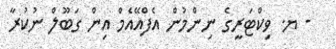
- ޔ. ވިކްޓަރީގެ ނިންމުން އެފްއޭއެމް އިން ގަބޫލް ނުކުރާ